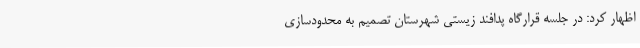
اظهار کرد: در جلسه قرارگاه پدافند زیستی شهرستان تصمیم به محدودسازی